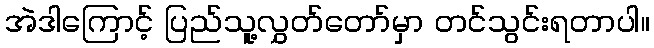
အဲဒါကြောင့် ပြည်သူ့လွှတ်တော်မှာ တင်သွင်းရတာပါ။